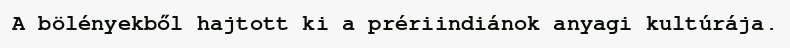
A bölényekből hajtott ki a prériindiánok anyagi kultúrája.